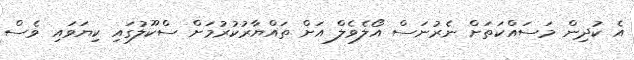
އެ ކުދިން މަސައްކަތަށް ނެރުނަސް އޯލެވެލް އަށް ތައްޔާރުކުރުމަށް ސްކޫލުގައި ކިޔަވައި ވެސް